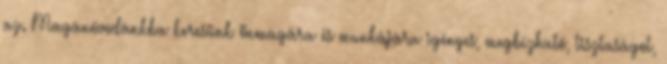
az. Magánóvodánkba keresünk önmagára és munkájára igényes, megbízható, tisztaságot,